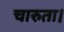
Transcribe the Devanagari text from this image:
चारुता।